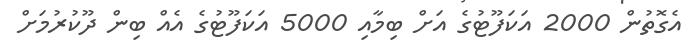
އެގޮތުން 2000 އަކަފޫޓުގެ އަށް ބިމާއި 5000 އަކަފޫޓުގެ އެއް ބިން ދޫކުރުމަށް